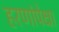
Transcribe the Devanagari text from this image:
हरणांपेक्षा